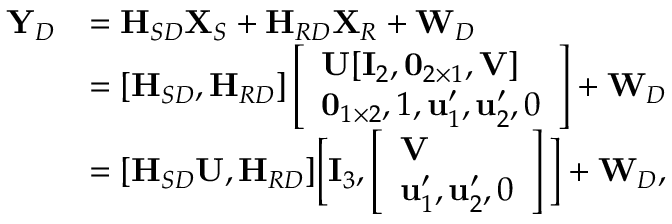
\begin{array} { r l } { { \mathbf Y } _ { D } } & { = { \textbf H } _ { S D } { \mathbf X } _ { S } + { \textbf H } _ { R D } { \mathbf X } _ { R } + { \mathbf W } _ { D } } \\ & { = [ { \textbf H } _ { S D } , { \textbf H } _ { R D } ] \left[ \begin{array} { l } { { \mathbf U } [ { \mathbf I } _ { 2 } , \mathbf { 0 } _ { 2 \times 1 } , { \mathbf V } ] } \\ { \mathbf { 0 } _ { 1 \times 2 } , 1 , { \mathbf u } _ { 1 } ^ { \prime } , { \mathbf u } _ { 2 } ^ { \prime } , 0 } \end{array} \right] + { \mathbf W } _ { D } } \\ & { = [ { \textbf H } _ { S D } { \mathbf U } , { \textbf H } _ { R D } ] \Big [ { \mathbf I } _ { 3 } , \left[ \begin{array} { l } { { \mathbf V } } \\ { { \mathbf u } _ { 1 } ^ { \prime } , { \mathbf u } _ { 2 } ^ { \prime } , 0 } \end{array} \right] \Big ] + { \mathbf W } _ { D } , } \end{array}